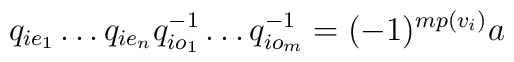
q_{ie_1}\dots q_{ie_n}q_{io_1}^{-1}\dots q_{io_m}^{-1} =(-1)^{mp(v_i)}a